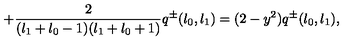
+ \frac { 2 } { ( l _ { 1 } + l _ { 0 } - 1 ) ( l _ { 1 } + l _ { 0 } + 1 ) } q ^ { \pm } ( l _ { 0 } , l _ { 1 } ) = ( 2 - y ^ { 2 } ) q ^ { \pm } ( l _ { 0 } , l _ { 1 } ) ,